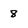
Character: 8